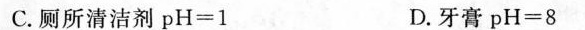
C.厕所清洁剂$$p H = 1$$ D.牙膏$$p H = 8$$